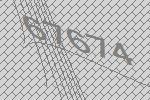
67674